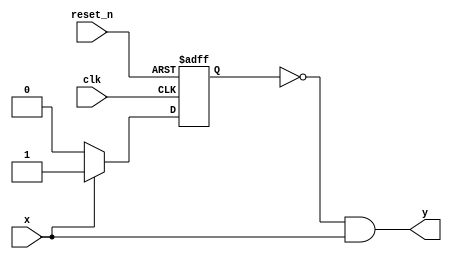
// Positive edge detector (Mealy)

module posdetectmealy
						(
						input clk,reset_n,x,
						output y
						);
						
						reg next_state,present_state;
						
						//states
						
						localparam s0=0,s1=1;
						
						//present state
						
						always @(posedge clk,negedge reset_n)
						begin
							if(~reset_n)
								present_state <= s0;
							else
								present_state <= next_state;
						end
						
						//next state
						
						always @(*)
						begin
							case (present_state)
								s0: if (x)
										next_state = s1;
									 else
										next_state = s0;
								
								s1: if (x)
										next_state = s1;
									 else
										next_state = s0;
										
								default: next_state = present_state;
							endcase
						end
						
					  //output
					  
					  assign y = (present_state == s0) & x;
endmodule